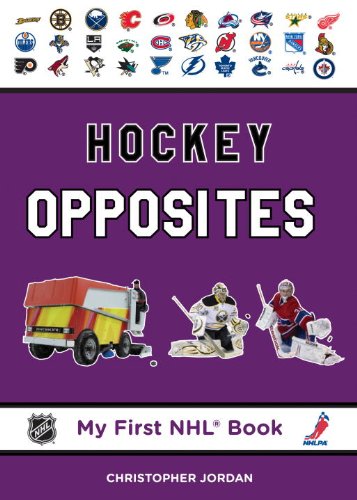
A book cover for Hockey Opposites (My First NHL Book); Christopher Jordan; Children's Books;